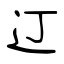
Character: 𫟧